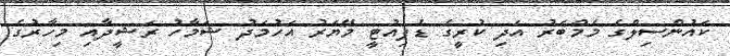
ކައުންސިލްގެ މެމްބަރު އަދި ކުރީގެ ޑެޕިއުޓީ މޭޔަރު އަހުމަދު ޝަމާހު ރަޝީދާއި މިހާރުގެ